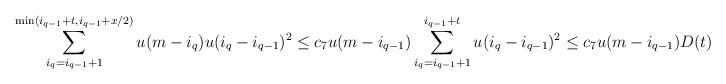
\begin{align*}\sum_{i_q=i_{q-1}+1}^{\min(i_{q-1}+t, i_{q-1}+x/2)} u(m - i_{q}) u(i_q-i_{q-1})^2 \leq c_{7} u(m-i_{q-1}) \sum_{i_q=i_{q-1}+1}^{i_{q-1}+t} u(i_q-i_{q-1})^2 \leq c_{7} u(m-i_{q-1}) D(t) .\end{align*}